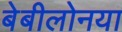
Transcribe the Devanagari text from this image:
बेबीलोनया